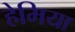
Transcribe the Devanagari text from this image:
हेमिया